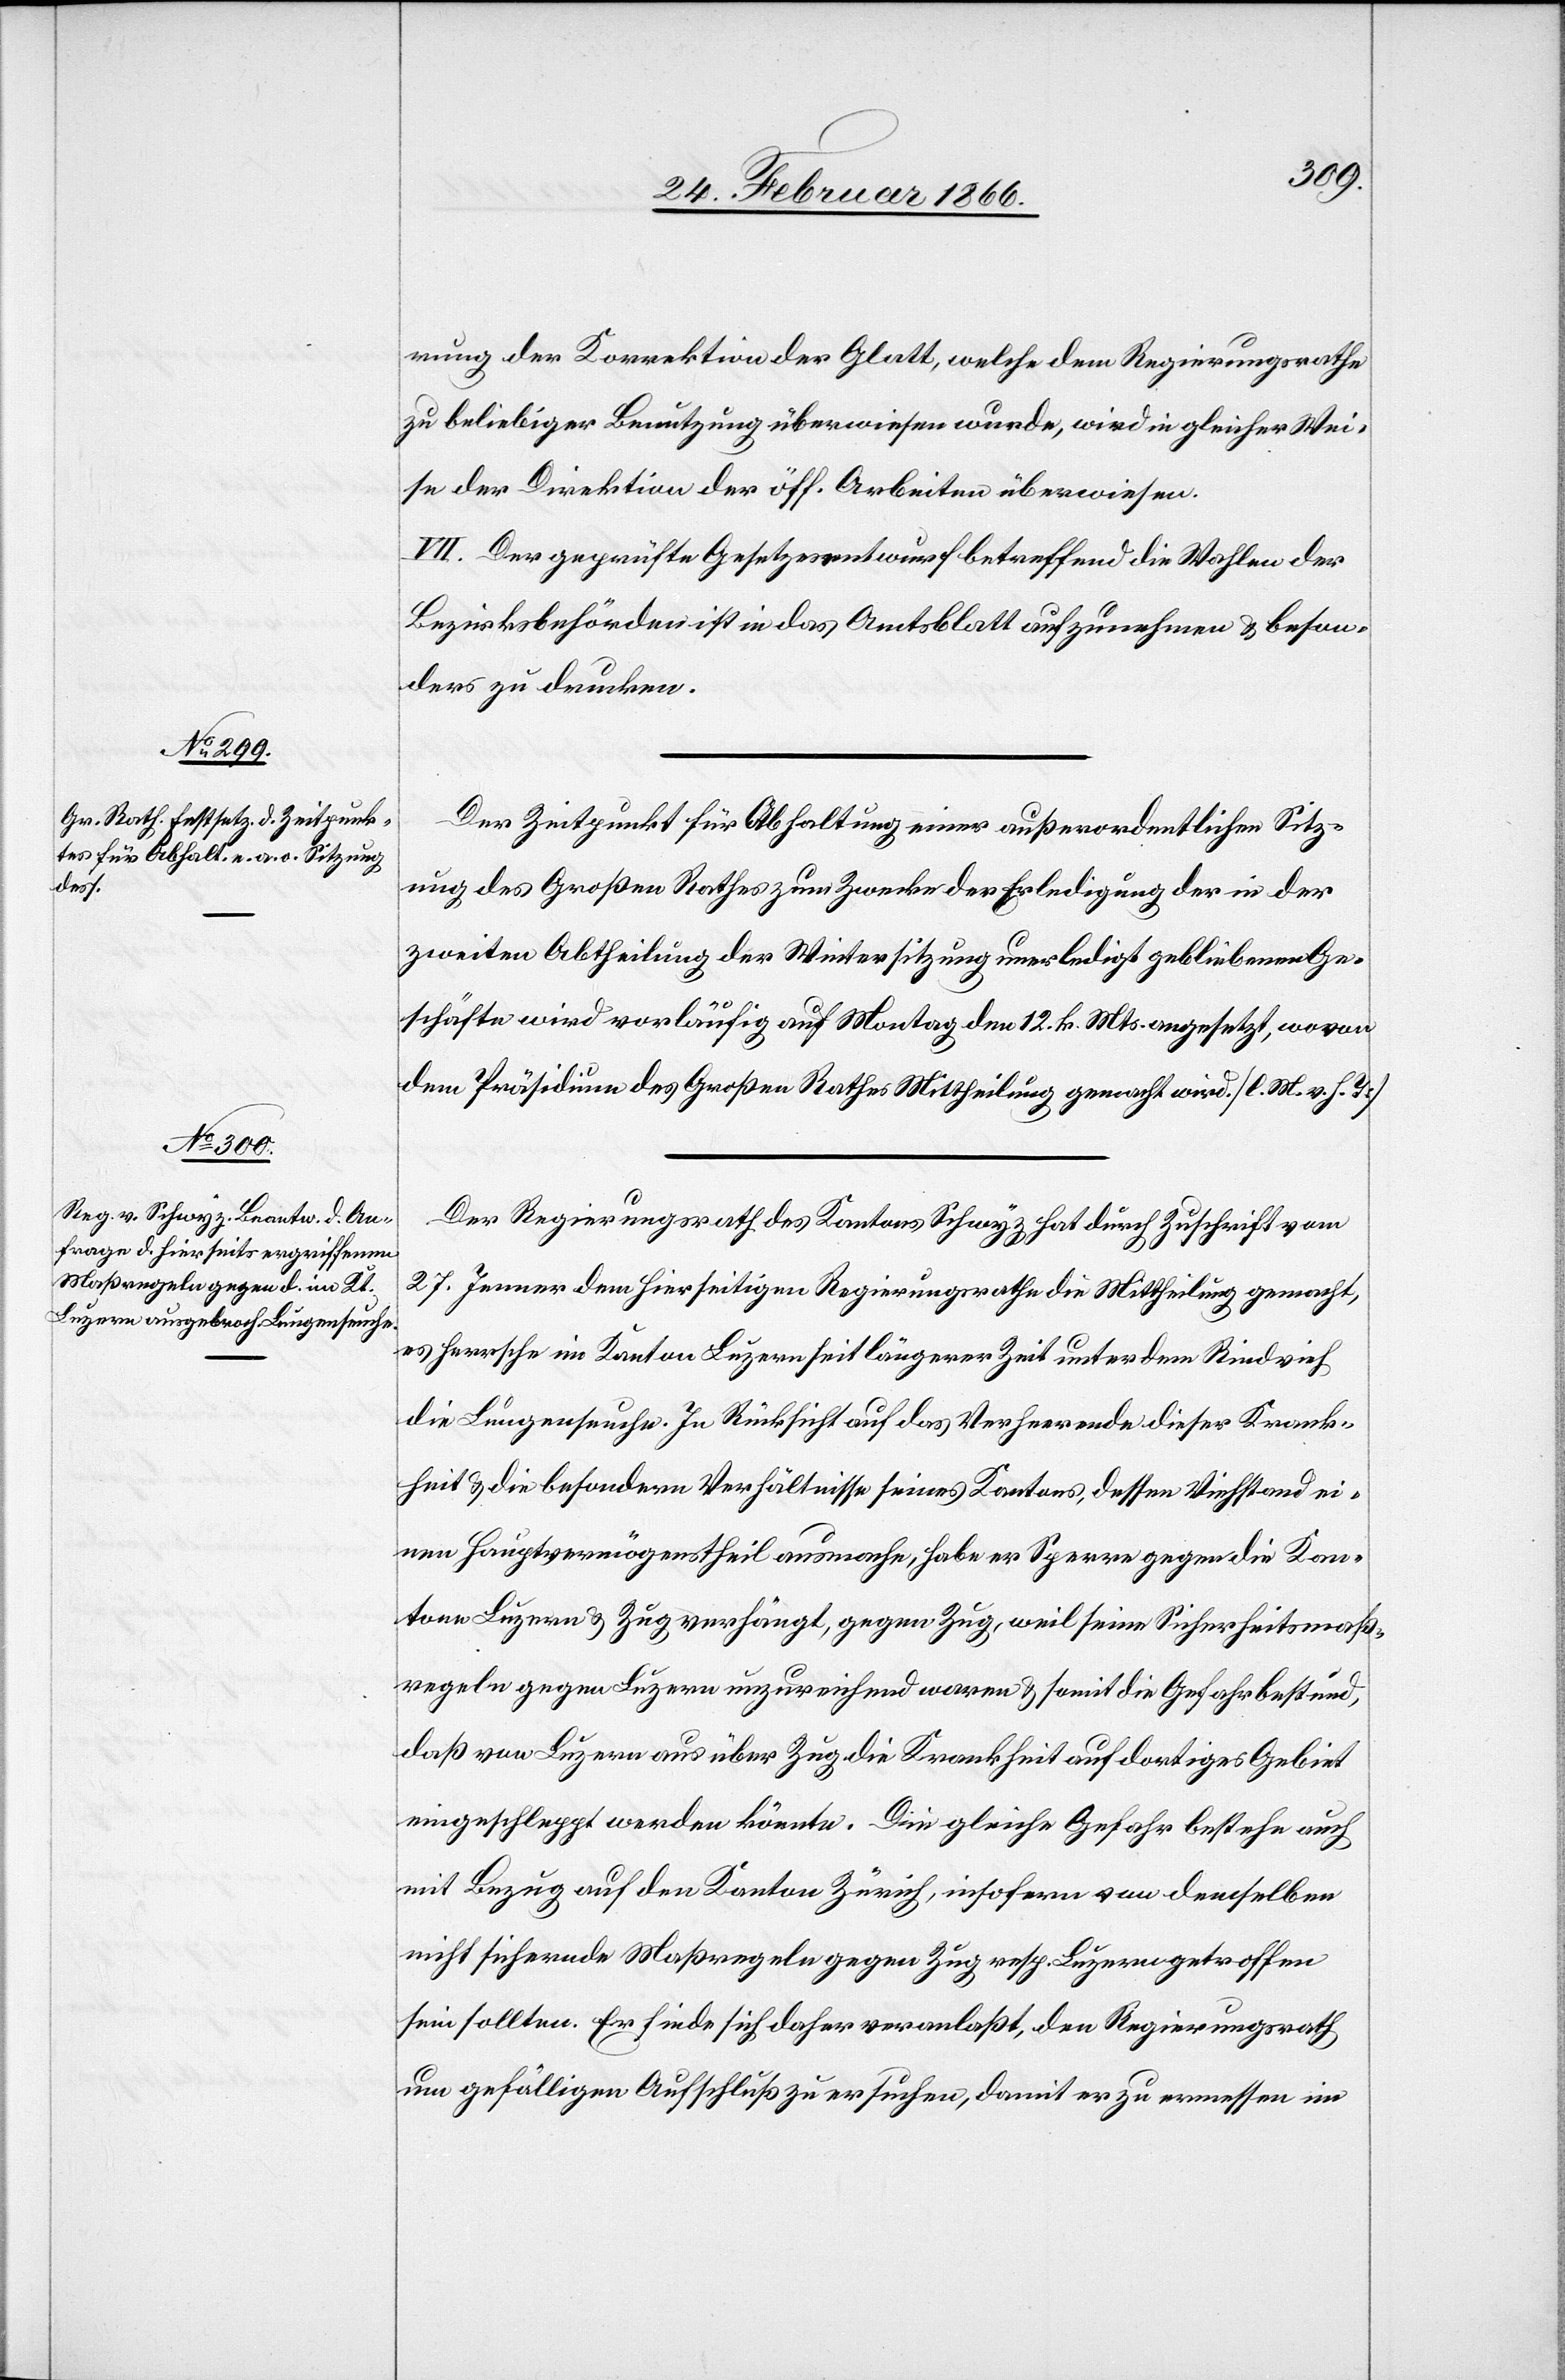
rung der Korrektion der Glatt, welche dem Regierungsrathe
zu beliebiger Benutzung überwiesen wurde, wird in gleicher Wei¬
se der Direktion der öff. Arbeiten überwiesen.
VII. Der geprüfte Gesetzesentwurf betreffend die Wahlen der
Bezirksbehörden ist in das Amtsblatt aufzunehmen u. beson¬
ders zu drucken.
Der Zeitpunkt für Abhaltung einer außerordentlichen Sitz¬
ung des Großen Rathes zum Zwecke der Erledigung der in der
zweiten Abtheilung der Wintersitzung unerledigt gebliebenen Ge¬
schäfte wird vorläufig auf Montag den 12. k. Mts. angesetzt, wovon
dem Präsidium des Großen Rathes Mittheilung gemacht wird. [l. M. v. h. T.]
Der Regierungsrath des Kantons Schwyz hat durch Zuschrift vom
27. Jenner dem hierseitigen Regierungsrathe die Mittheilung gemacht,
es herrsche im Kanton Luzern seit längerer Zeit unter dem Rindvieh
die Lungenseuche. In Rücksicht auf das Verheerende dieser Krank¬
heit u. die besondern Verhältnisse seines Kantons, dessen Viehstand ei¬
nen Hauptvermögenstheil ausmache, habe er Sperre gegen die Kan¬
tone Luzern u. Zug verhängt, gegen Zug, weil seine Sicherheitsmaß¬
regeln gegen Luzern unzureichend waren u. somit die Gefahr bestünd,
daß von Luzern aus über Zug die Krankheit auf dortiges Gebiet
eingeschleppt werden könnte. Die gleiche Gefahr bestehe auch
mit Bezug auf den Kanton Zürich, insofern von demselben
nicht sichernde Maßregeln gegen Zug resp. Luzern getroffen
sein sollten. Er finde sich daher veranlaßt, den Regierungsrath
um gefälligen Aufschluß zu ersuchen, damit er zu ermessen im